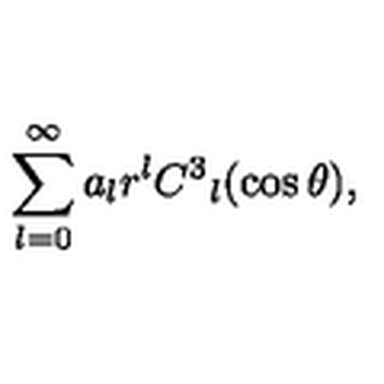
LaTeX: \sum _ { l = 0 } ^ { \infty } a _ { l } r ^ { l } C ^ { 3 } { } _ { l } ( \cos \theta ) ,